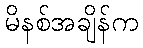
မိနစ်အချိန်က